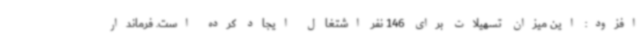
افزود: این میزان تسهیلات برای 146 نفر اشتغال ایجاد کرده است. فرماندار